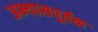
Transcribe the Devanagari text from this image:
अभ्यासपूर्वक